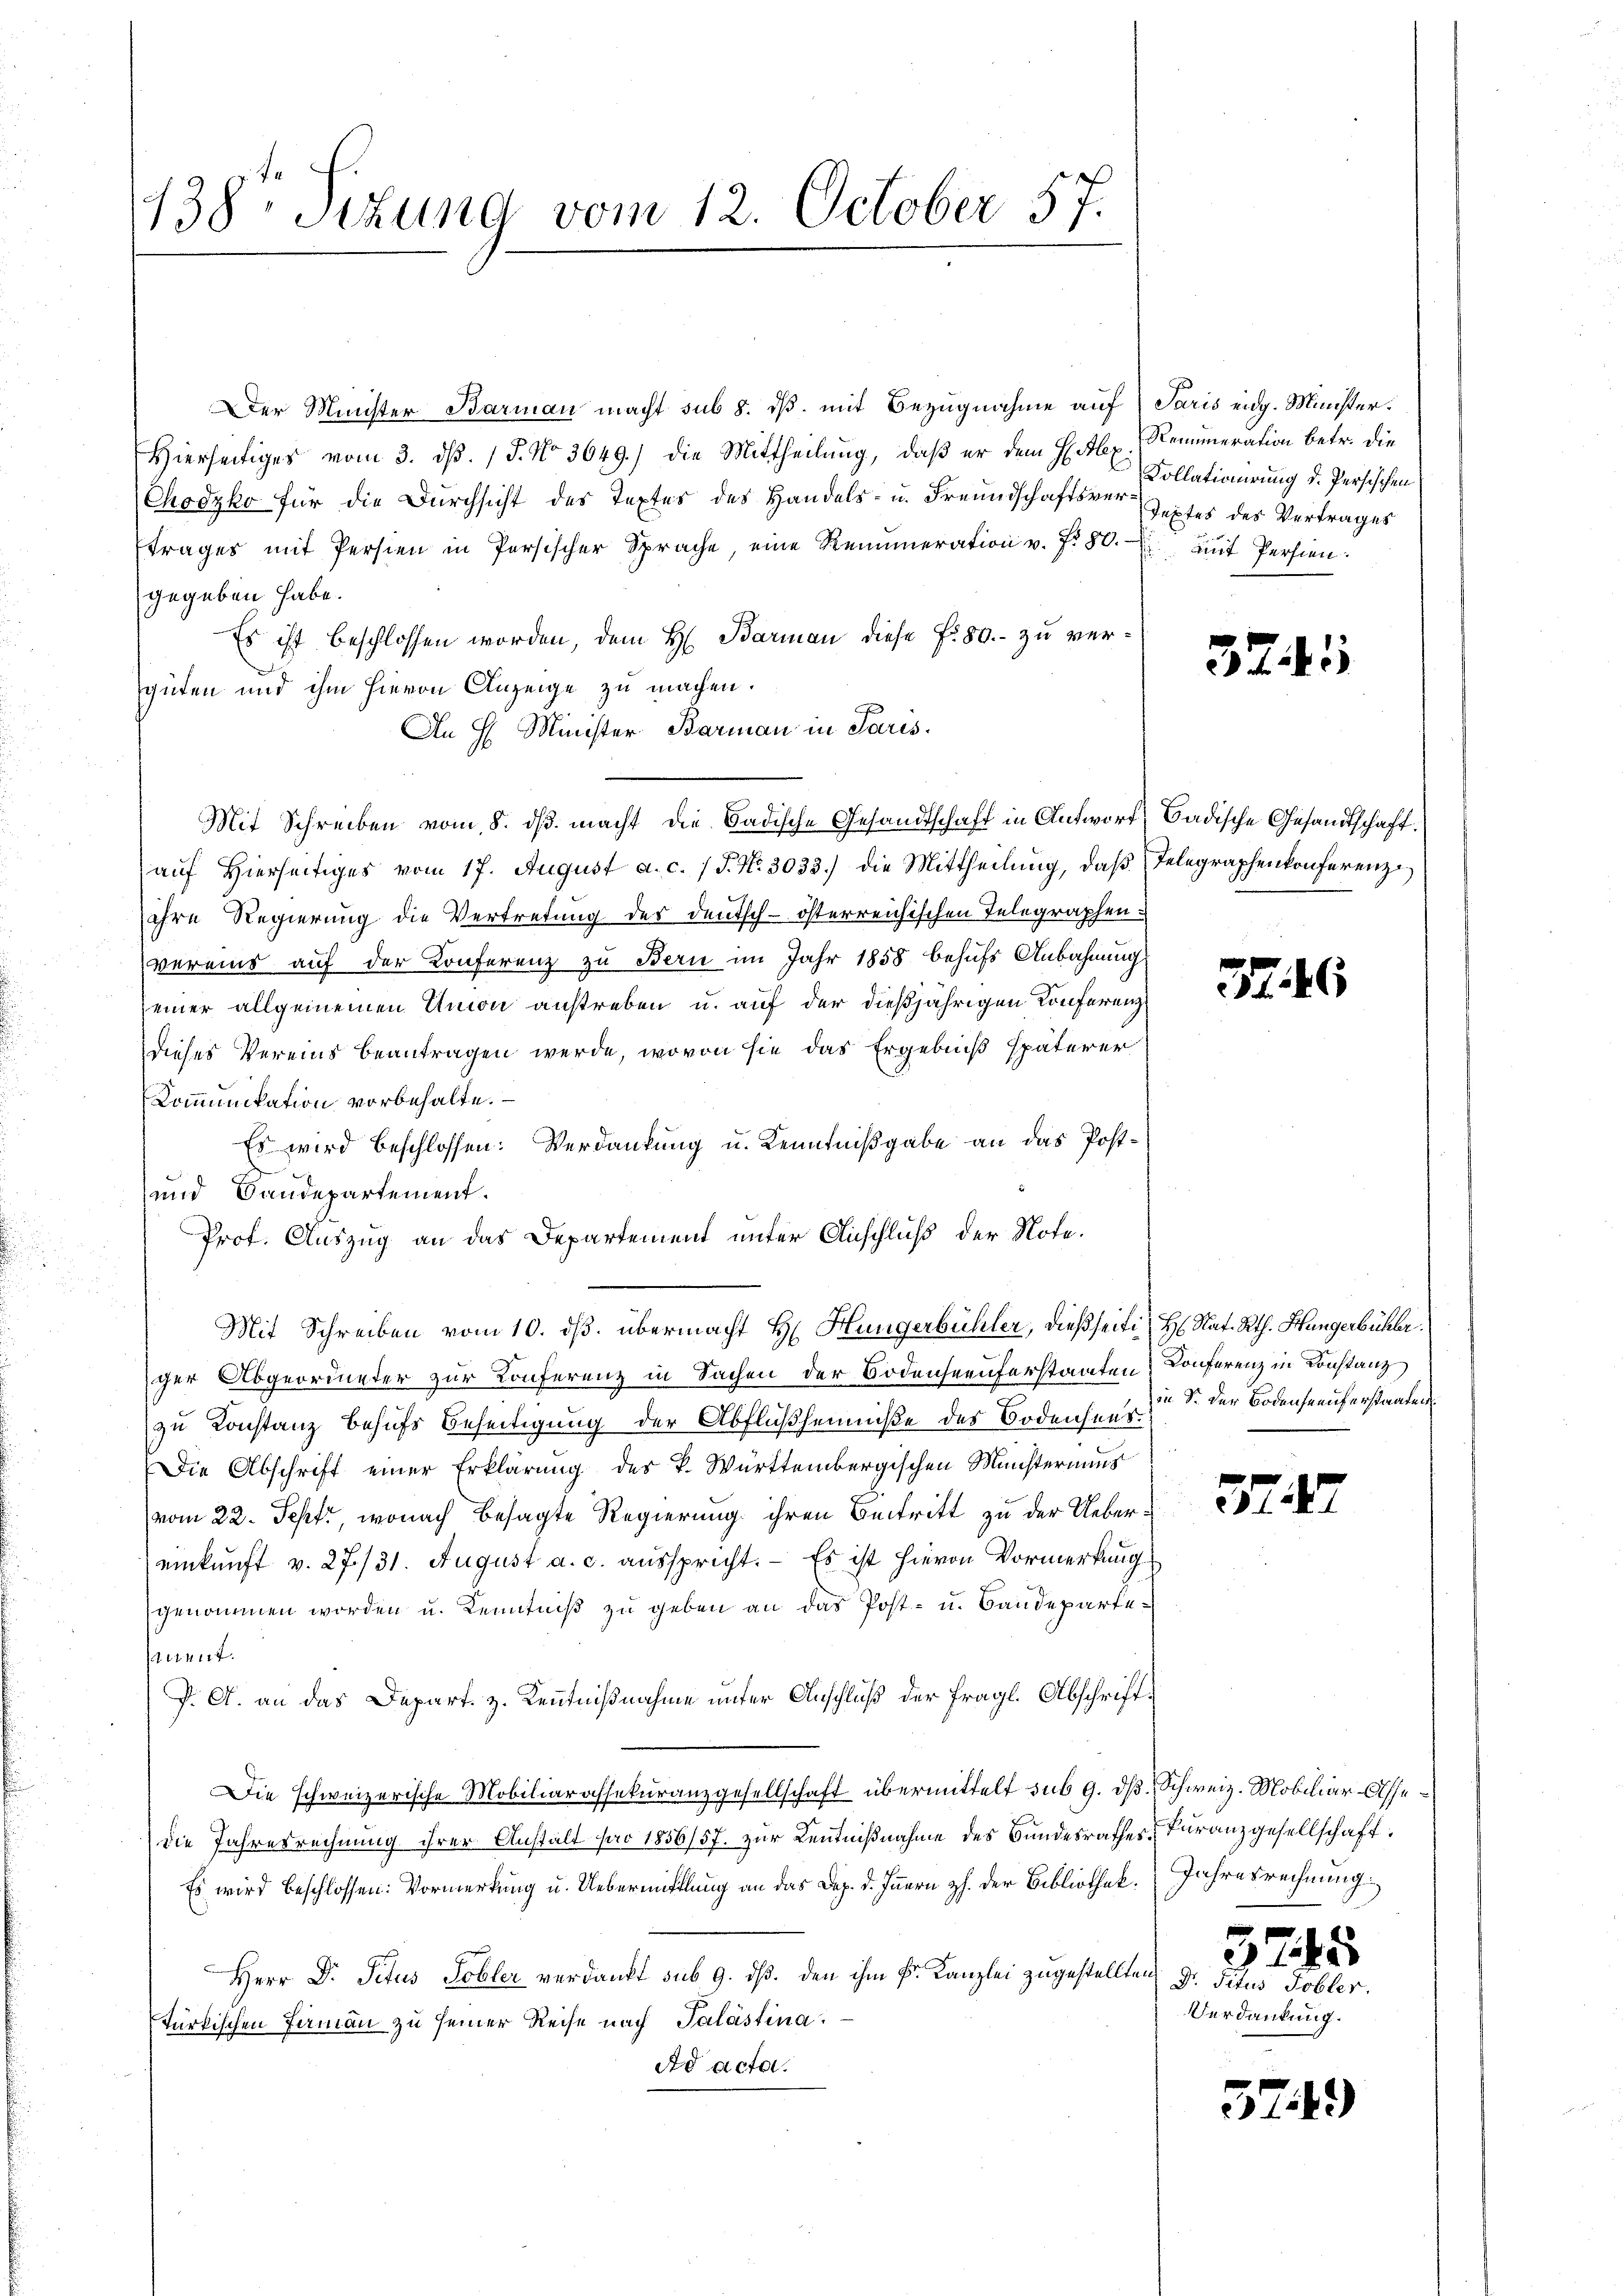
438. Sizung vom 12. October 57.

Der Minister Barman macht sub 8. dβ mit Bezugnahme auf Paris eidg. Münster¬
Hierseitiges vom 3. ds. / 5. No 3649.) die Mittheilung, daß er dem Hals Semmeration betr. die
Chodyko für die Durchsicht des Textes des Handels- u. Freundschaftsver-Sextes des Vertrages
trages mit Persien in Persischer Sprache, eine Remuneration v. fr. 80. mit Persien
gegeben habe.
Es ist beschlossen worden, dem H. Barman diese Fr. 80. - zu vergüten und ihm hievon Anzeige zu machen.
An H Minister Barman in Paris.
Mit Schreiben vom 8. dβ macht die Badische Gesandtschaft in Antwort Badische Gesandtschaft
auf Hierseitiges vom 17. August a. c. 1 S. Nr. 3033.) die Mittheilŭng, daβ Telegraphenkonferenze
ihre Regierung die Vertretung des Deutsch-österreichischen Telegraphen.
vereins auf der Konferenz zu Bern im Jahr 1858 behufs Anbahnung
einer allgemeinen Union anstreben u. auf der dießjährigen Konferenz
dieses Vereins beantragen werde, wovon sie das Ergebniß späterer
Kommunikation vorbehalte.
Es wird beschlossen: Verdankung u. Kenntnißgabe an das Post¬
und Bandepartement.
Prof. Auszug an das Departement unter Anschluß der Note.
Mit Schreiben vom 10. ds. übermacht H. Hungerbühler, dießseiti- Hs. Rat. Rth. Hungerbühler
ger Abgeordneter zur Konferenz in Sachen der Bodenseeuferstanten Konferenz in Constanz
zu Konstanz behufs Beseitigung der Abflußheimniße des Bodensee   der Bodenseeuferstaaten
Die Abschrift einer Erklärung des P. Württembergischen Münsternaus
vom 22. Sept, wonach besagte Regierung ihren Beitritt zu der Uebereinkunft v. 27./31. August a. c. ausspricht. Es ist hievon Vormerkung
genommen worden u. Kenntniß zu geben an das Post- u. Bandeparte¬
Sament.
J. A. an das Depart. z. Kenntnißnahme unter Anschluß der fragl. Abschrift¬
Die schweizerische Mobiliarassekuranzgesellschaft übermittelt sub 9. ds Schweiz. Mobiliar Assedie Jahresrechnung ihrer Anstalt par 1856/57. zur Kenntnißnahme des Bundesrathes Furanzgesellschaft.
Es wird beschlossen: Vormerkung u. Uebermittlung an das Dep. d. Innern z. der Bibliothek.
Herr Dr. Situs Tobler verdankt sub 9. dβ. den ihm k. Kanzlei zugestellten Dr. Titus Tobler.
türkischen Faman zu seiner Reise nach Palästina:
ad acta.

Kollationirung d. Persischen

3741

3246

37.

4

Jahresrechnung
375
Verdankung.

574.)